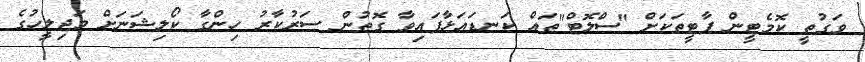
ވަގުތީ ކޮމެޓީން ޕާޓީތަކަށް "ސްލޮޓް"ތައް ކަނޑައަޅާފައިވާ ގޮތުން ސަރުކާރު ހިންގާ ކޯލިޝަނަށް މަޖިލީހުގެ